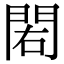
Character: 𨳾